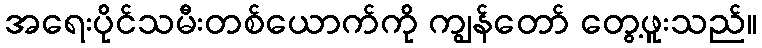
အရေးပိုင်သမီးတစ်ယောက်ကို ကျွန်တော် တွေ့ဖူးသည်။